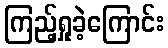
ကြည့်ရှုခဲ့ကြောင်း